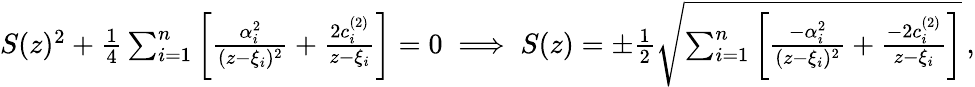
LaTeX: \begin{array}{r}{S(z)^{2}+{\frac{1}{4}}\sum_{i=1}^{n}\left[{\frac{\alpha_{i}^{2}}{(z-\xi_{i})^{2}}}+{\frac{2c_{i}^{(2)}}{z-\xi_{i}}}\right]=0\implies S(z)=\pm{\frac{1}{2}}\sqrt{\sum_{i=1}^{n}\left[{\frac{-\alpha_{i}^{2}}{(z-\xi_{i})^{2}}}+{\frac{-2c_{i}^{(2)}}{z-\xi_{i}}}\right]}\, ,}\end{array}